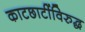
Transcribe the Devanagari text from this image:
काटछाटींविरुद्ध